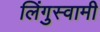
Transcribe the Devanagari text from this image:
लिंगुस्वामी